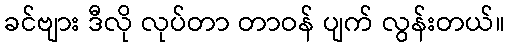
ခင်ဗျား ဒီလို လုပ်တာ တာဝန် ပျက် လွန်းတယ်။